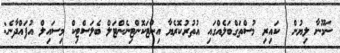
ނަމޫނާ ލިޔުން  ކައިރި މުސްތަގްބަލެއްގައި އުތުރުކޮރެޔާ އިންޓަކޮންޓިނެންޓަލް ބެލަސްޓިކް މިސައިލް އުފައްދާނެ: